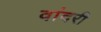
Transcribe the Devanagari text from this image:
वांदरी